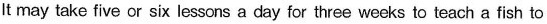
It may take five or six lessons a day for three weeks to teach a fish to